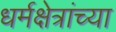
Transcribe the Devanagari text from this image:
धर्मक्षेत्रांच्या